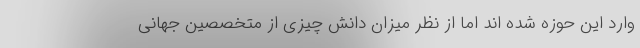
وارد این حوزه شده اند اما از نظر میزان دانش چیزی از متخصصین جهانی